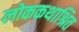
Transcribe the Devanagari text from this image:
लोककथाश्रित